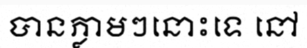
បានភ្លាមៗនោះទេ នៅ